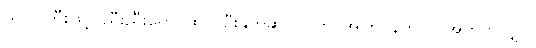
ယဂင်ကြီးဖြင့်၊ ညီးညီးရောင်ထင်၊ ဦးနှိုက်ဆင်လျက်၊ အကြင်နတ်လူ၊ အတူတူလျှင်၊